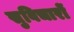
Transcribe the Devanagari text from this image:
सुविचारों